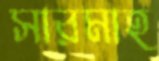
সারমাহ